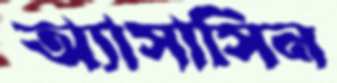
অ্যাসাসিন